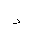
Letter: _dal